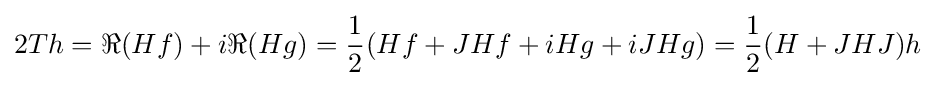
\displaystyle {2Th=\Re (Hf)+i\Re (Hg)={1 \over 2}(Hf+JHf+iHg+iJHg)={1 \over 2}(H+JHJ)h}